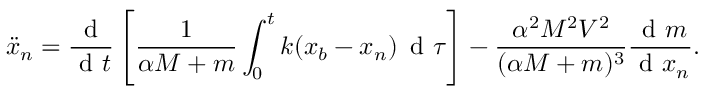
\ddot { x } _ { n } = \frac { \textrm { d } } { \textrm { d } t } \left[ \frac { 1 } { \alpha M + m } \int _ { 0 } ^ { t } k ( x _ { b } - x _ { n } ) \, \textrm { d } \tau \right] - \frac { \alpha ^ { 2 } M ^ { 2 } V ^ { 2 } } { ( \alpha M + m ) ^ { 3 } } \frac { \textrm { d } m } { \textrm { d } x _ { n } } .